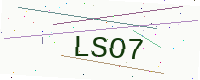
Text: LSO7